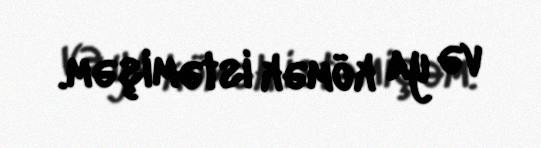
və ya kömək istəmişəm.